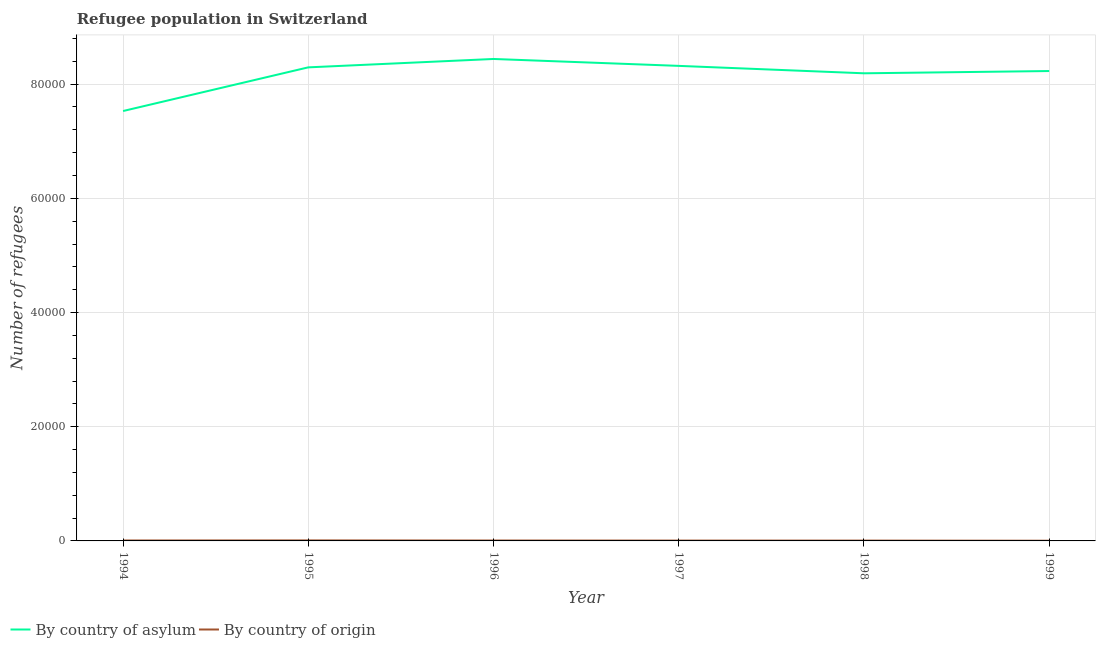
| Year | By country of asylum | By country of origin |
 | --- | --- | --- |
 | 1994 | 7.53e+04 | 77 |
 | 1995 | 8.29e+04 | 91 |
 | 1996 | 8.44e+04 | 70 |
 | 1997 | 8.32e+04 | 61 |
 | 1998 | 8.19e+04 | 56 |
 | 1999 | 8.23e+04 | 35 |